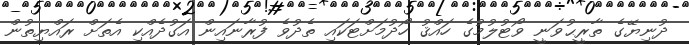
ދުނިޔޭގެ ތާރީޙުވަނީ ވޯޓުލުމުގެ ހައްޤު ހޯދުމަށްޓަކައި ތެދުވެ ފުރާނައިން އަގުދެއްކި އެތަށް ރައްޔިތުން